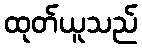
ထုတ်ယူသည်